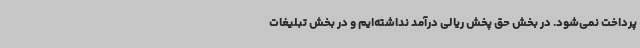
پرداخت نمی‌شود. در بخش حق پخش ریالی درآمد نداشته‌ایم و در بخش تبلیغات